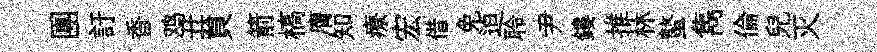
團訏香鸡丑貟箭槁膺知療宏借免迫聆尹鏤推林螯雋倫兒灭